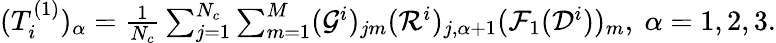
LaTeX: \begin{array}{r}{(T_{i}^{(1)})_{\alpha}=\frac{1}{N_{c}}\sum_{j=1}^{N_{c}}\sum_{m=1}^{M}(\mathcal G^{i})_{jm}(\mathcal R^{i})_{j,\alpha+1}(\mathcal F_{1}(\mathcal D^{i}))_{m},\ \alpha=1,2,3.}\end{array}